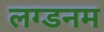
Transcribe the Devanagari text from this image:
लग्डनम